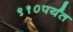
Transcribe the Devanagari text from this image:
९१०पर्यंत